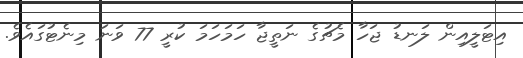
އިޓަލީއިން ލަނޑު ޖަހާ މެޗުގެ ނަތީޖާ ހަމަހަމަ ކުރީ 77 ވަނަ މިނެޓުގައެވެ.